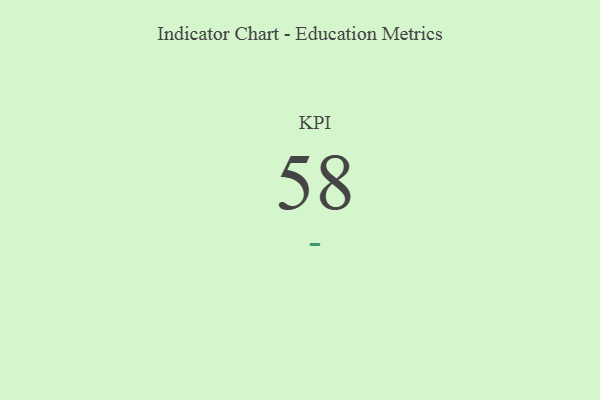
{"axis": {"x": "KPI", "y": "Value"}, "legend": [""], "data": [{"x": "KPI", "y": 58, "type": ""}]}